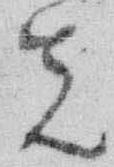
先